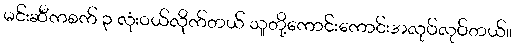
မင်းဆီကစက် ၃ လုံးဝယ်လိုက်တယ် သူတို့ကောင်းကောင်းအလုပ်လုပ်တယ်။